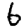
Digit: 6